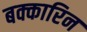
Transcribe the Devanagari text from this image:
बक्कारिन